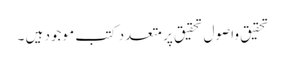
تحقیق واصول تحقیق پر متعدد کتب موجود ہیں ۔